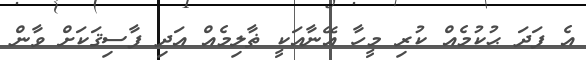
އެ ފަދަ ޙުކުމެއް ކުރި މީހާ އޭނާއަކީ ޡާލިމެއް އަދި ފާސިޤަކަށް ވާން